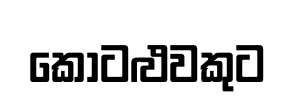
කොටළුවකුට